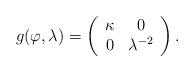
LaTeX: \begin{align*}g(\varphi,\lambda) = \left(\begin{array}{c c} \kappa & 0 \\ 0 & \lambda^{-2} \end{array}\right).\end{align*}